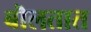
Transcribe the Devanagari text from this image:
बॊलतात